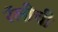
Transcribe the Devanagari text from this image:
रॅलीची